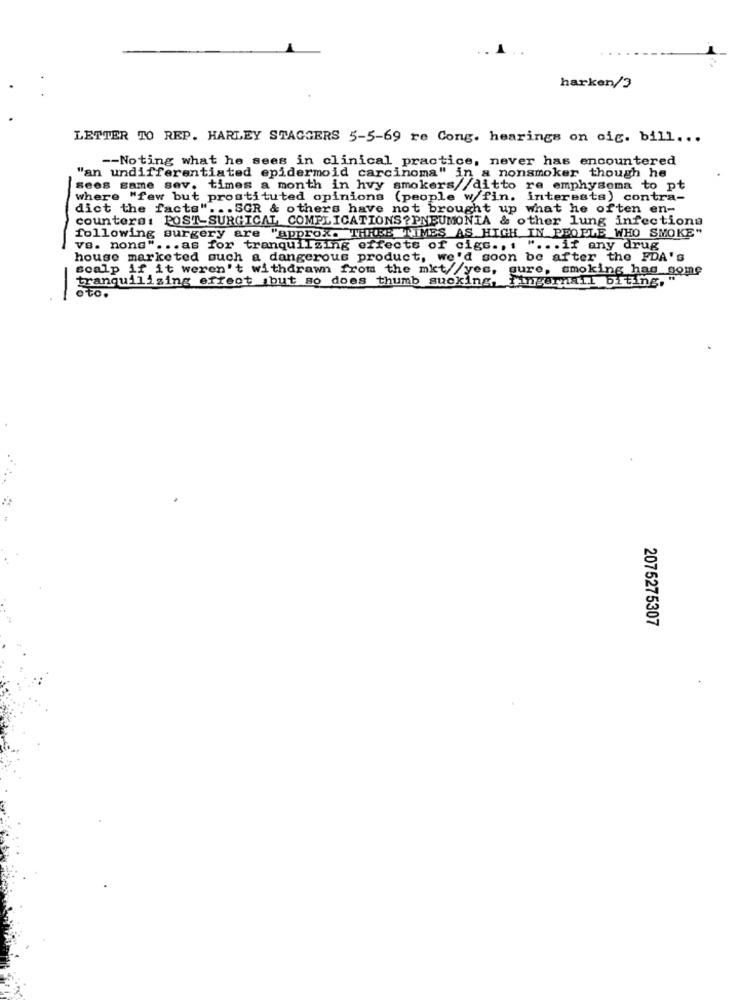
harken/3
LETTER TO REP. HARLEY STAGGERS 5-5-69 re Cong. hearings on oig. bill ...
-- Noting what he sees in clinical practice, never has encountered
"an undifferentiated epidermoid carcinoma" in a nonsmoker though he
sees same sev. times a month in hvy smokers//ditto re emphysema to pt
-
where "few but prostituted opinions (people w/fin. interests) contra-
dict the facts" ... SGR & others have not brought up what he often en-
counters: POST-SURGICAL COMPLICATIONS?PNEUMONIA & other lung infectiona
following surgery are "approx. THREE TIMES AS HIGH IN PEOPLE WHO SMOKE"
vs. nong" ... as for tranquilzing effects of cigs ., . " ... if any drug
house marketed such a dangerous product, we'd soon be after the FDA's
scalp if it weren't withdrawn from the mkt//yes, gure, smoking had some
tranquilizing effect but so does thumb sucking
Fingernail biting, "
o to.
2075275307